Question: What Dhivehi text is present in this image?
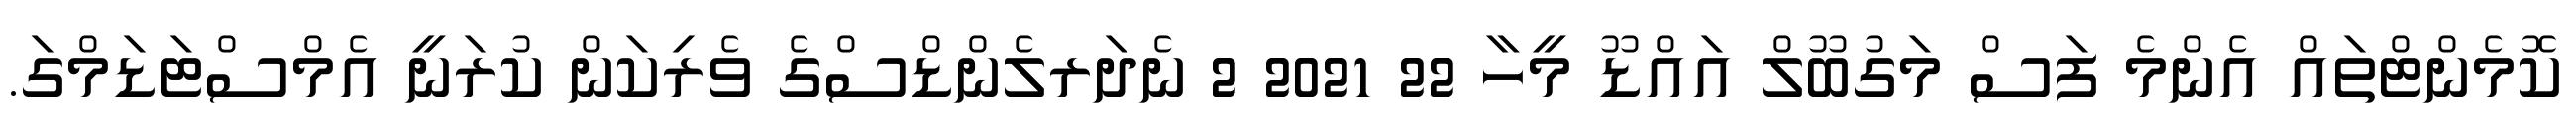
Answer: ކޮމެންޓްތައް އެންމެ ފަސް މަގުބޫލް އައްޑޫ މީހާ 22 2021 2 ނެދަރލެންޑްސްގެ ވެރިކަން ކުރަނީ އެމްސްޓަޑަމްގަ.